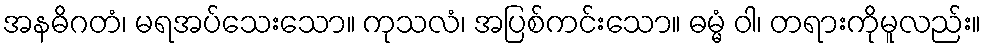
အနဓိဂတံ၊ မရအပ်သေးသော။ ကုသလံ၊ အပြစ်ကင်းသော။ ဓမ္မံ ဝါ၊ တရားကိုမူလည်း။